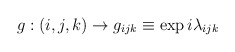
\begin{align*}g:(i,j,k)\rightarrow g_{ijk}\equiv\exp{i\lambda_{ijk}}\end{align*}